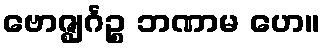
ဗောဇ္ဈင်္ဂဉ္စ ဘဏာမ ဟေ။